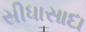
સીધાસાદા